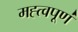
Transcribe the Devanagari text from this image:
मह्त्वपूण॑